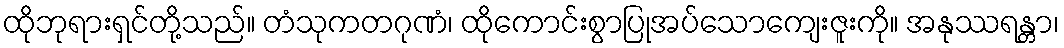
ထိုဘုရားရှင်တို့သည်။ တံသုကတဂုဏံ၊ ထိုကောင်းစွာပြုအပ်သောကျေးဇူးကို။ အနုဿရန္တာ၊